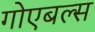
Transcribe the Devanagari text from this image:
गोएबल्स